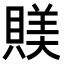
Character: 𧶾